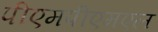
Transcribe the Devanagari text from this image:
पीएमपीएमएल